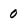
Character: 0